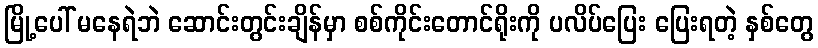
မြို့ပေါ် မနေရဲဘဲ ဆောင်းတွင်းချိန်မှာ စစ်ကိုင်းတောင်ရိုးကို ပလိပ်ပြေး ပြေးရတဲ့ နှစ်တွေ